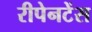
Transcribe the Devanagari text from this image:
रीपेनटेंस